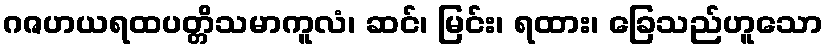
ဂဇဟယရထပတ္တိသမာကူလံ၊ ဆင်၊ မြင်း၊ ရထား၊ ခြေသည်ဟူသော